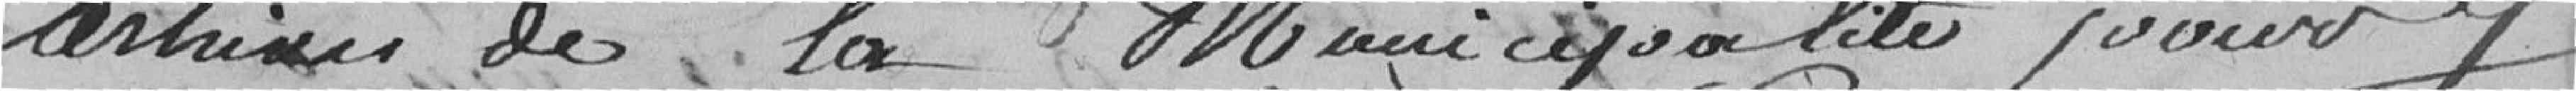
archives de la Municipalité pour y